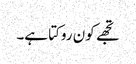
تجھے کون روکتا ہے۔